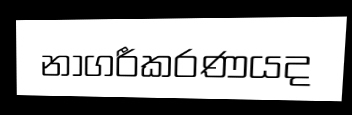
නාගරීකරණයද